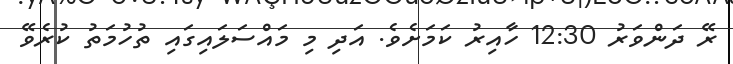
ރޭ ދަންވަރު 12:30 ހާއިރު ކަމަށެވެ. އަދި މި މައްސަލައިގައި ތުހުމަތު ކުރެވޭ